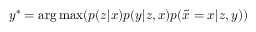
y ^ { * } = \arg \operatorname* { m a x } ( p ( z \vert x ) p ( y \vert z , x ) p ( \tilde { x } = x \vert z , y ) )